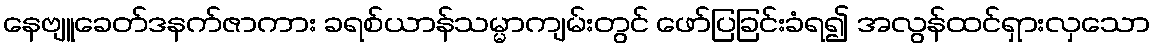
နေဗျူခေတ်ဒနက်ဇာကား ခရစ်ယာန်သမ္မာကျမ်းတွင် ဖော်ပြခြင်းခံရ၍ အလွန်ထင်ရှားလှသော